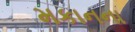
મકાનના